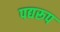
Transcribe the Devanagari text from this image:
पद्यरूप